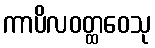
ကာပိလဝတ္ထဝေသု